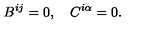
B ^ { i j } = 0 , \quad C ^ { i \alpha } = 0 .